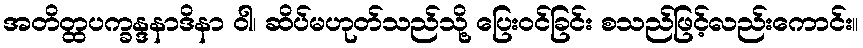
အတိတ္ထပက္ခန္ဒနာဒိနာ ဝါ၊ ဆိပ်မဟုတ်သည်သို့ ပြေးဝင်ခြင်း စသည်ဖြင့်လည်းကောင်း။